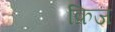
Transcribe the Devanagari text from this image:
क्रिज